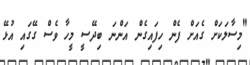
"މިސާލަކަށް ގެއަށް ފެން ހިފައިގެން އަންނަ ބިދޭސީ މީހާ ވެސް ގޭގައި އުޅޭ